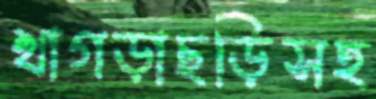
খাগড়াছড়িসহ